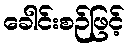
ခေါင်းစဉ်ဖြင့်